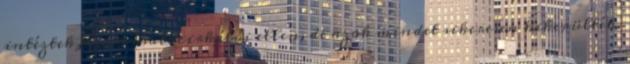
intéztek Hood csatacirkálói ellen, de azok mindet sikeresen kikerülték.